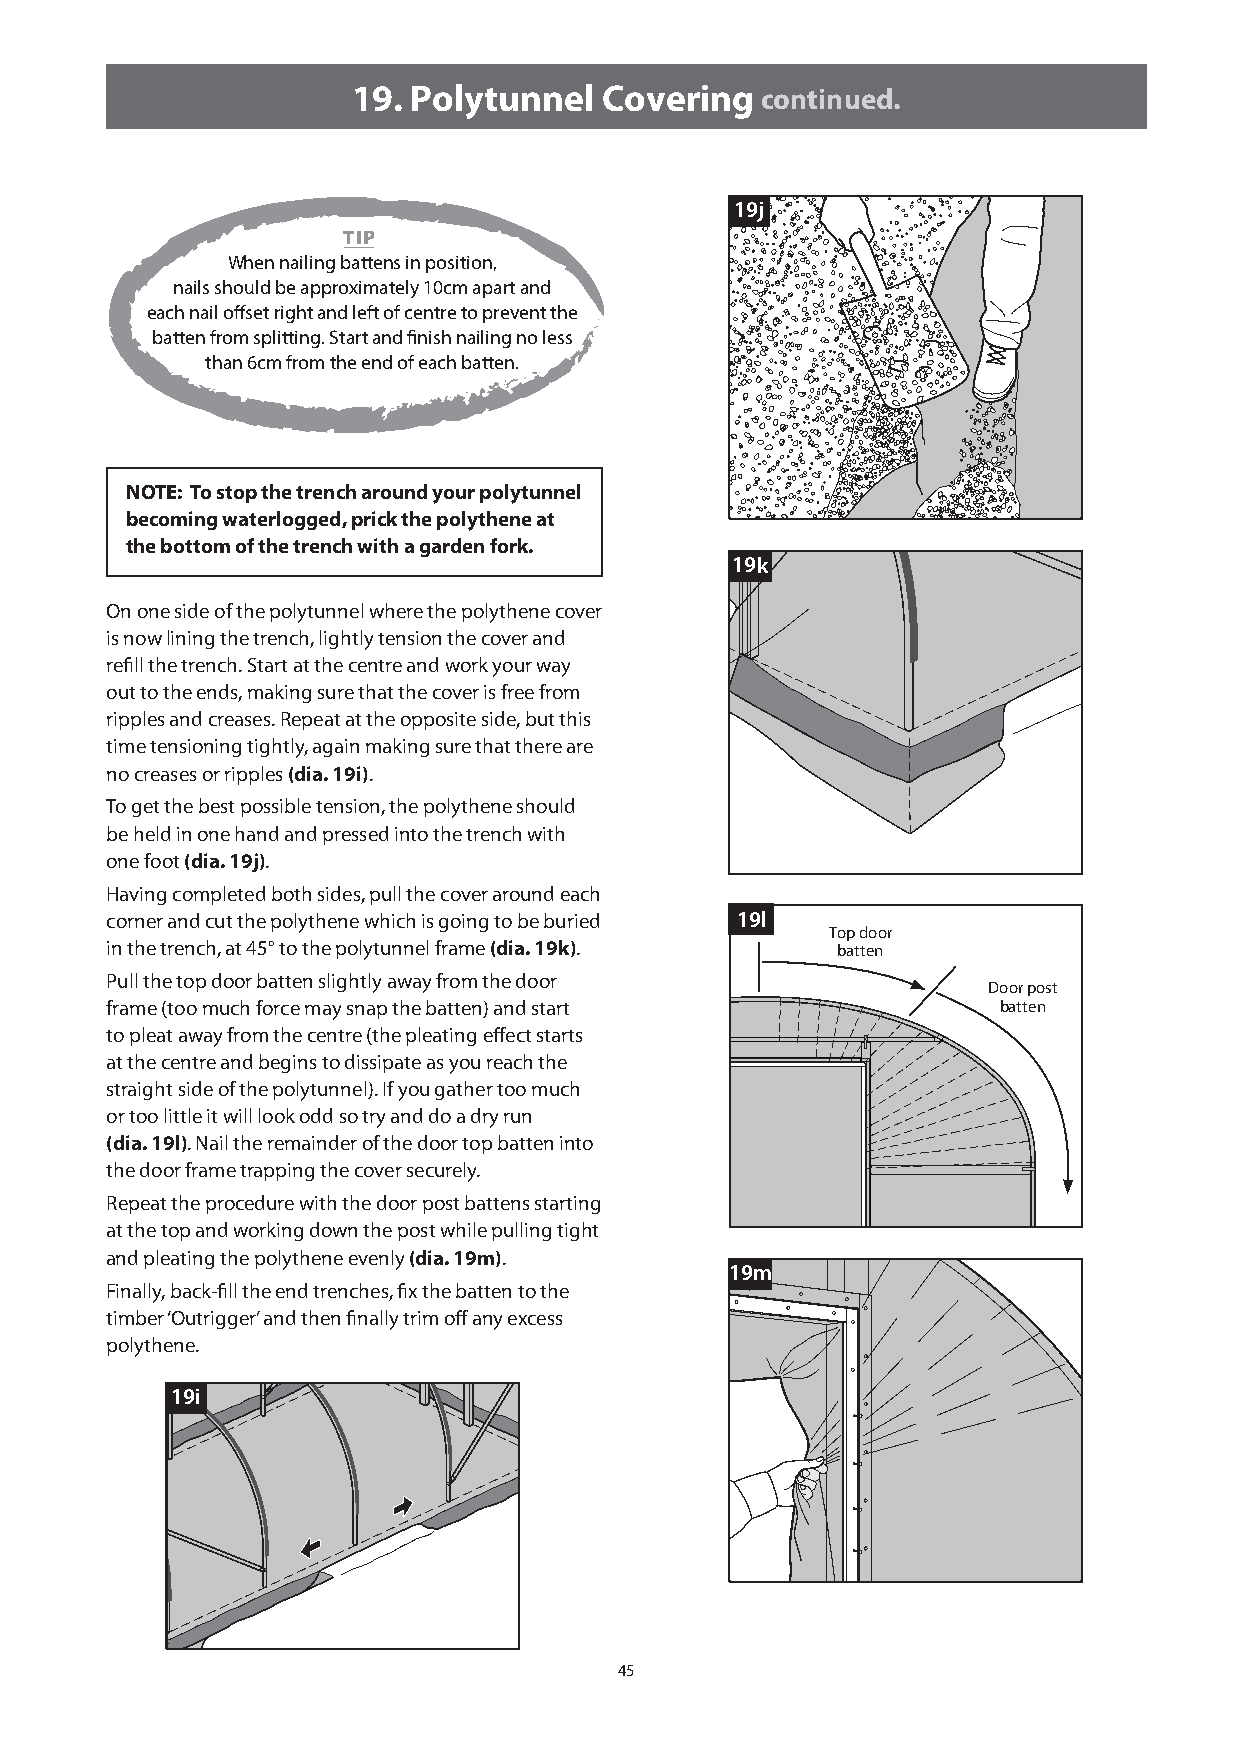
19. Polytunnel   Covering  continued.
 19j
 TIP
 When nailing battens in position,
 nails should be approximately 10cm apart and
 each nail offset right and left of centre to prevent the
 batten from splitting. Start and finish nailing no less
 than 6cm from the end of each batten.
 NOTE: To stop the trench around your polytunnel
 becoming waterlogged, prick the polythene at
 the bottom of the trench with a garden fork.
 19k
 On one side of the polytunnel where the polythene cover
 is now lining the trench, lightly tension the cover and
 refill the trench. Start at the centre and work your way
 out to the ends, making sure that the cover is free from
 ripples and creases. Repeat at the opposite side, but this
 time tensioning tightly, again making sure that there are
 no creases or ripples (dia. 19i).
 To get the best possible tension, the polythene should
 be held in one hand and pressed into the trench with
 one foot (dia. 19j).
 Having completed both sides, pull the cover around each
 corner and cut the polythene which is going to be buried 19l
 Top door
 in the trench, at 45° to the polytunnel frame (dia. 19k). batten
 Pull the top door batten slightly away from the door
 Door post
 frame (too much force may snap the batten) and start       batten
 to pleat away from the centre (the pleating effect starts
 at the centre and begins to dissipate as you reach the
 straight side of the polytunnel). If you gather too much
 or too little it will look odd so try and do a dry run
 (dia. 19l). Nail the remainder of the door top batten into
 the door frame trapping the cover securely.
 Repeat the procedure with the door post battens starting
 at the top and working down the post while pulling tight
 and pleating the polythene evenly (dia. 19m).
 19m
 Finally, back-fill the end trenches, fix the batten to the
 timber ‘Outrigger’ and then finally trim off any excess
 polythene.
 19i
 45